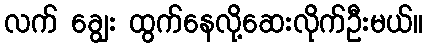
လက် ချွေး ထွက်နေလို့ဆေးလိုက်ဦးမယ်။